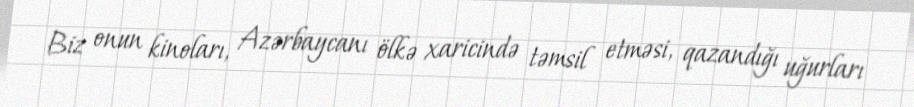
Biz onun kinoları, Azərbaycanı ölkə xaricində təmsil etməsi, qazandığı uğurları